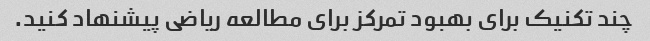
چند تکنیک برای بهبود تمرکز برای مطالعه ریاضی پیشنهاد کنید.